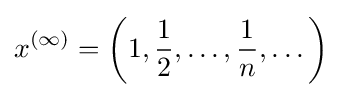
x^{(\infty )}=\left(1,{\frac {1}{2}},\dots ,{\frac {1}{n}},\dots \right)